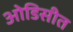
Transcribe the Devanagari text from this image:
ओडिसीत